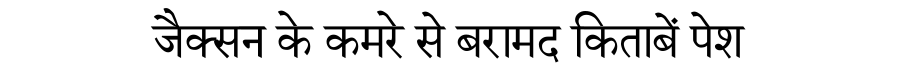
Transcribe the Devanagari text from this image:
जैक्सन के कमरे से बरामद किताबें पेश